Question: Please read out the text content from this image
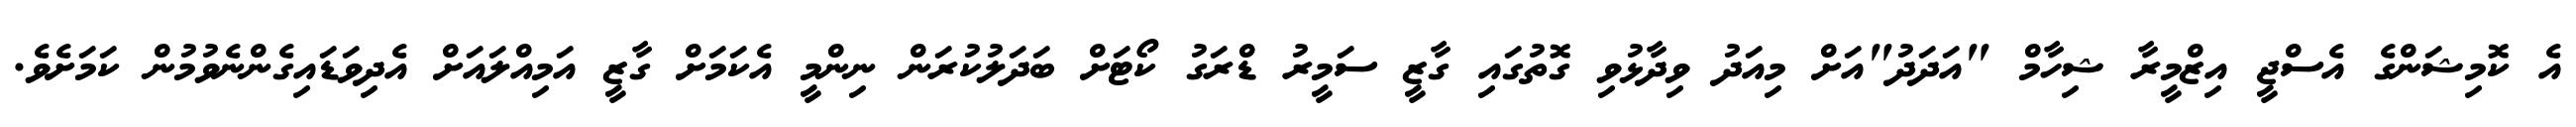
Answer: އެ ކޮމިޝަންގެ އެސްޖީ އިޒްމީރާ ޝިހާމް "އަދަދު"އަށް މިއަދު ވިދާޅުވި ގޮތުގައި ގާޒީ ސަމީރު ޑްރަގު ކޯޓަށް ބަދަލުކުރަން ނިންމީ އެކަމަށް ގާޒީ އަމިއްލައަށް އެދިވަޑައިގެންނެވުމުން ކަމަށެވެ.